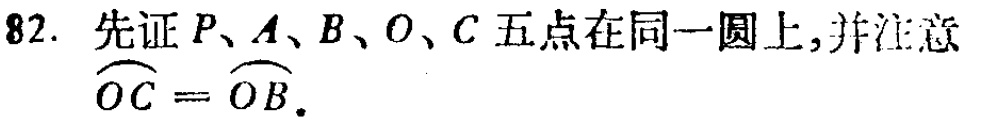
82. 先证 \(P、A、B、O、C\) 五点在同一圆上,并注意 \(\overset{\frown}{OC}=\overset{\frown}{OB}\).